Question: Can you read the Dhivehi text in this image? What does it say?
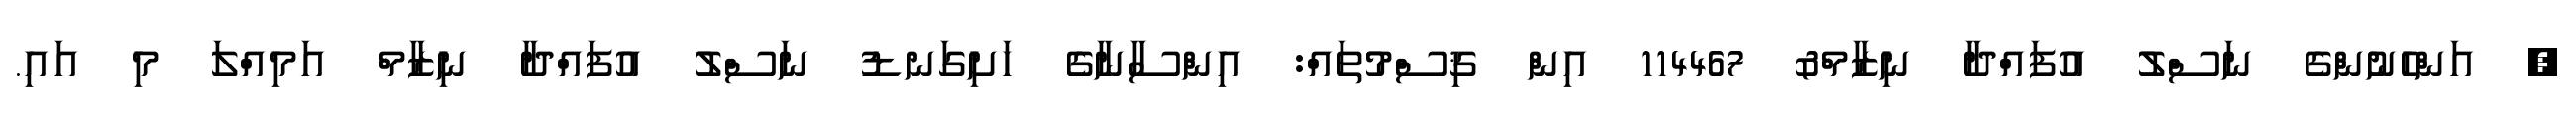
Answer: ? އަންހެނުންގެ ނަސްލު އުފައްދާ ނިޒާމް& 114467 އިން ޤިސްމުތައް: އިންސާނާގެ ހަށިގަނޑު ނަސްލު އުފައްދާ ނިޒާމް އަމިއްލަ މި އައި.